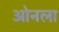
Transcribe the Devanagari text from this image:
ओनला